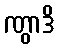
ဏွာဒိ